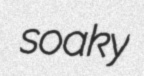
soaky